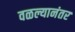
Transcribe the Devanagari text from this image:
वळल्यानंतर